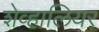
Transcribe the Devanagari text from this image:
शेव्हालियर